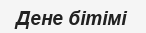
Дене бітімі